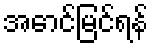
အောင်မြင်ရန်